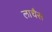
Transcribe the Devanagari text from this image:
लाचैस